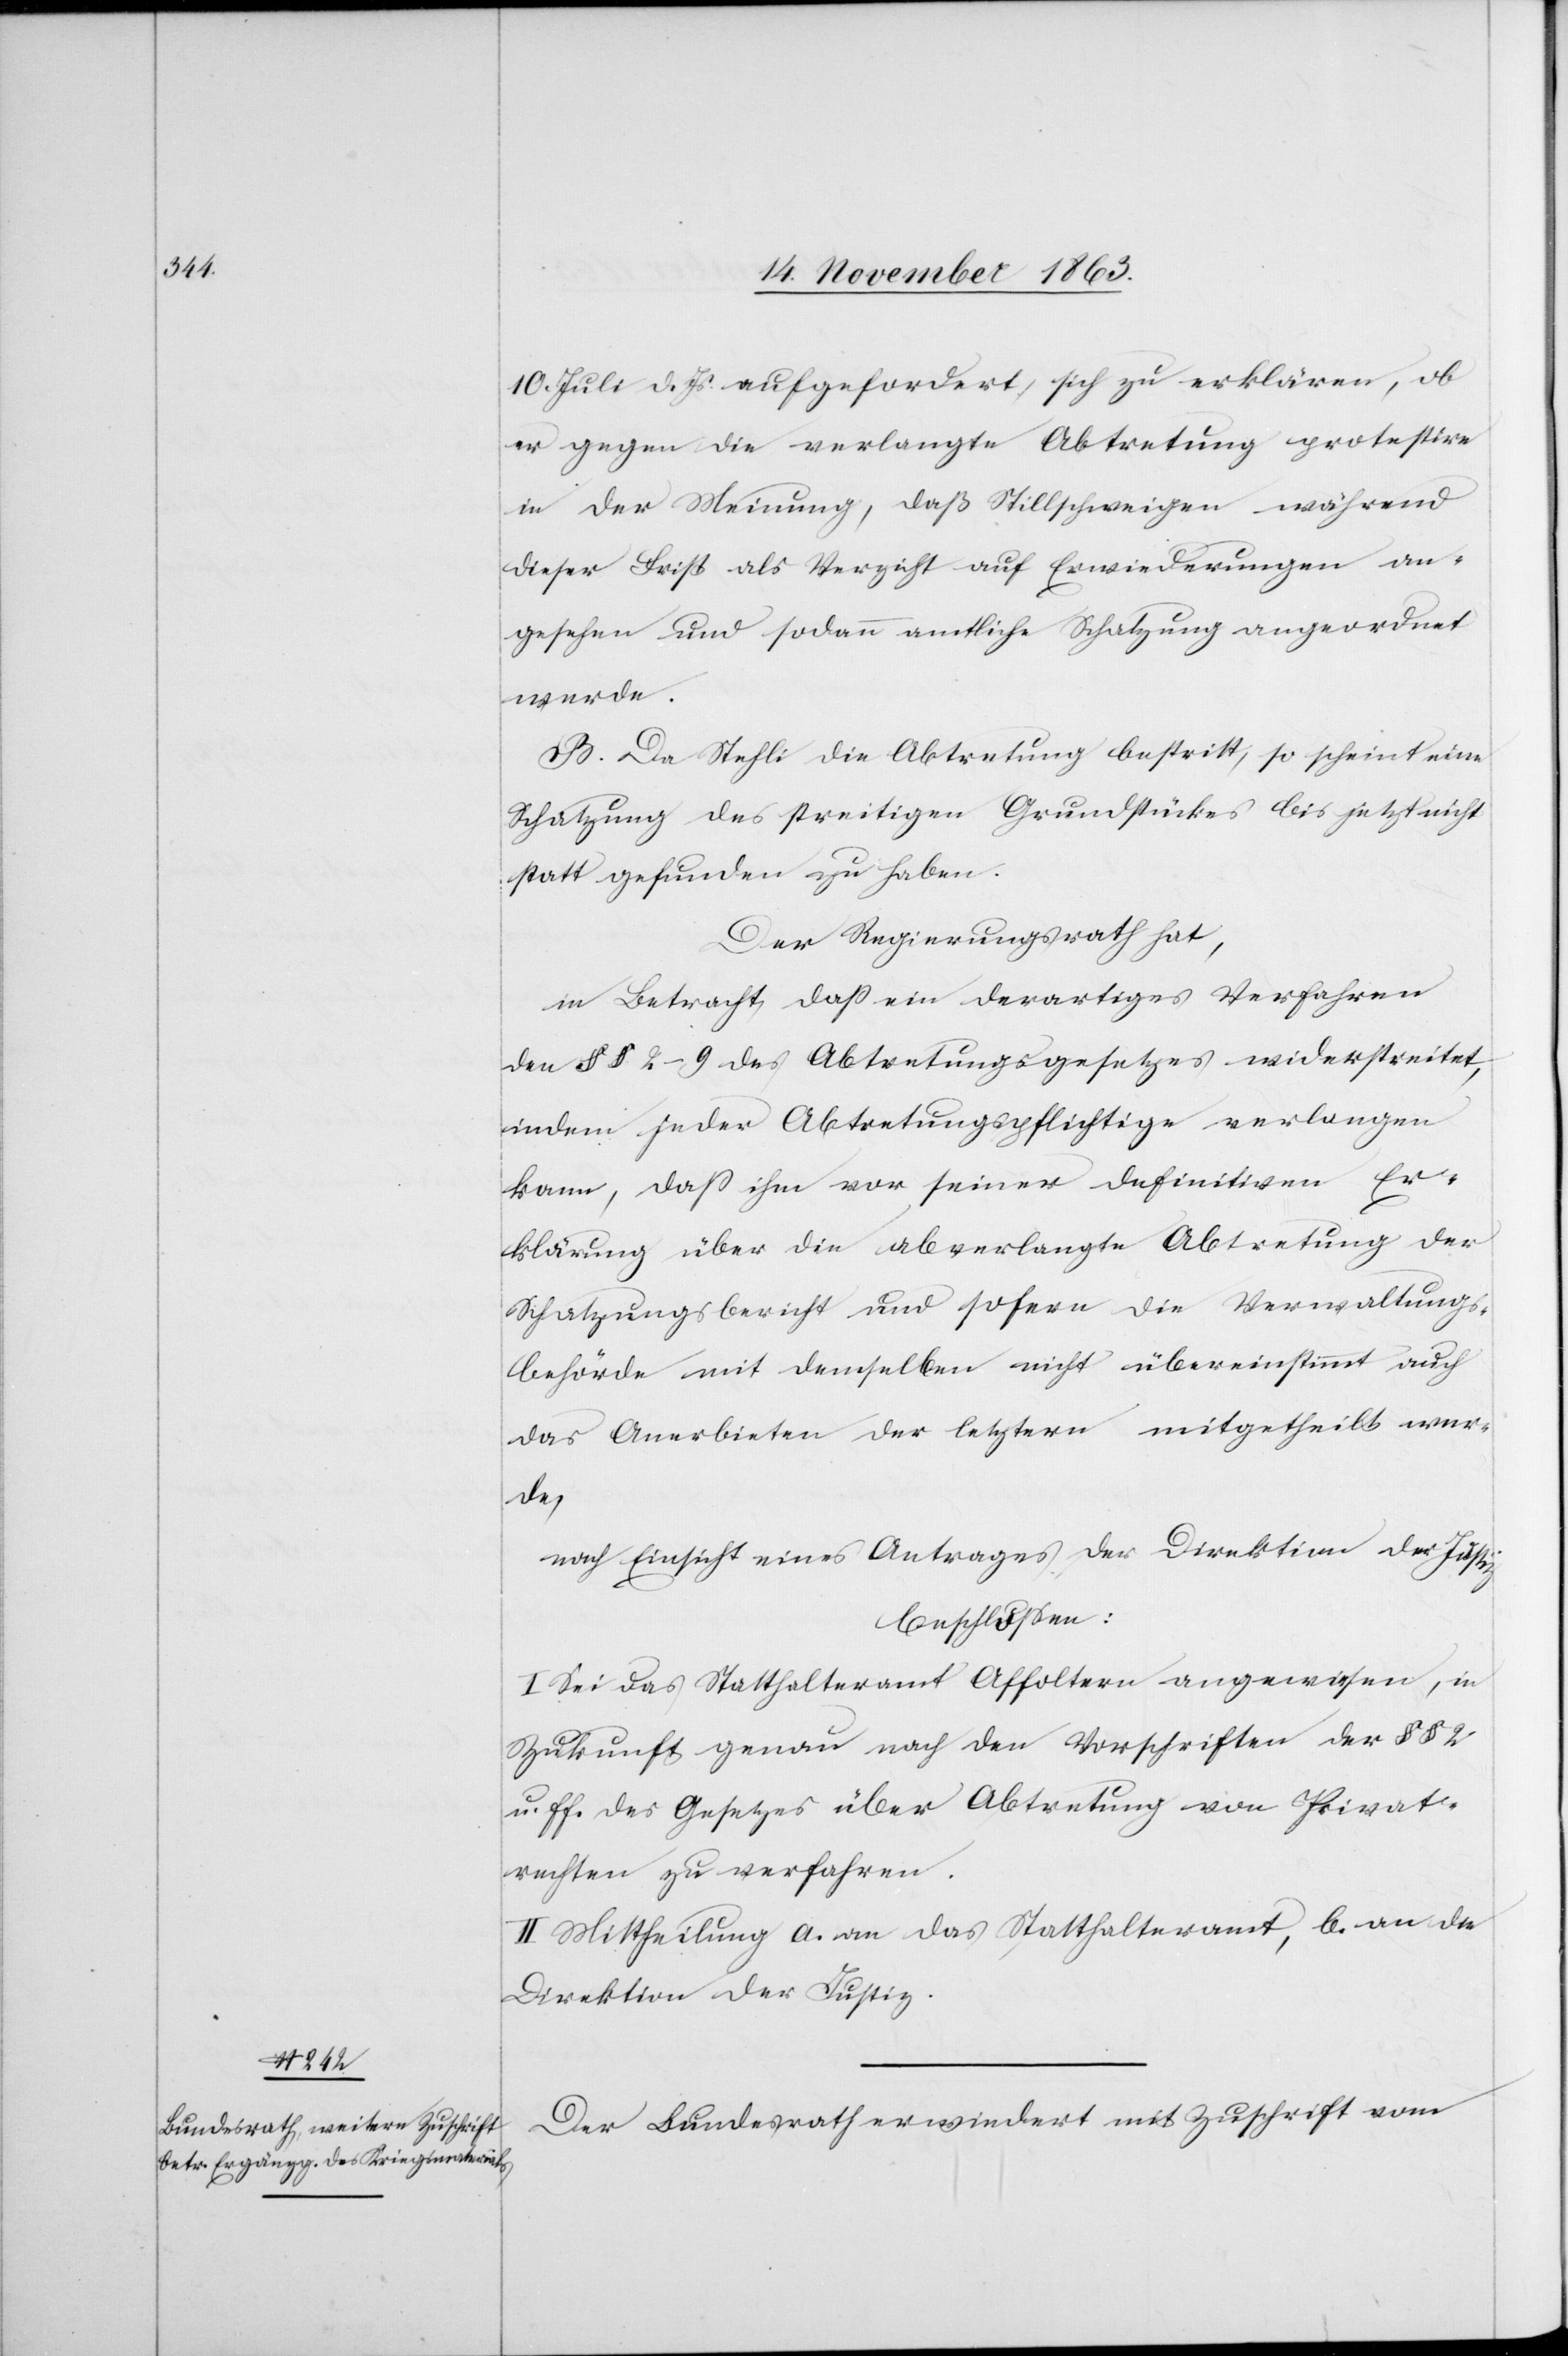
10. Juli d. Js. aufgefordert, sich zu erklären, ob
er gegen die verlangte Abtretung protestire
in der Meinung, daß Stillschweigen während
dieser Frist als Verzicht auf Erwiederungen an¬
gesehen und sodann amtliche Schatzung angeordnet
werde.
B. Da Stehli [sic!] die Abtretung bestritt, so scheint eine
Schätzung des streitigen Grundstückes bis jetzt nicht
statt gefunden zu haben.
Der Regierungsrath hat,
in Betracht dass ein derartiges Verfahren
den §§ 2–9 des Abtretungsgesetzes widerstreitet,
indem jeder Abtretungspflichtige verlangen
kann, dass ihm vor seiner definitiven Er¬
klärung über die abverlangte Abtretung der
Schatzungsbericht und sofern die Verwaltungs¬
behörde mit demselben nicht übereinstimmt auch
das Anerbieten der letztern mitgetheilt wer¬
de,
nach Einsicht eines Antrages der Direktion der Justiz
beschlossen:
I. Sei das Statthalteramt Affoltern angewiesen, in
Zukunft genau nach den Vorschriften der §§ 2
u. ff. des Gesetzes über Abtretung von Privat¬
rechten zu verfahren.
II. Mittheilung a. an das Statthalteramt, b. an die
Direktion der Justiz.
Der Bundesrath erwiedert mit Zuschrift vom